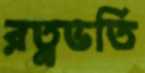
রত্নভর্তি